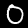
Label: 0